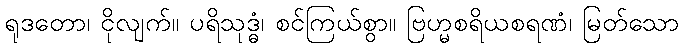
ရုဒတော၊ ငိုလျက်။ ပရိသုဒ္ဓံ၊ စင်ကြယ်စွာ။ ဗြဟ္မစရိယစရဏံ၊ မြတ်သော